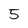
Character: 5